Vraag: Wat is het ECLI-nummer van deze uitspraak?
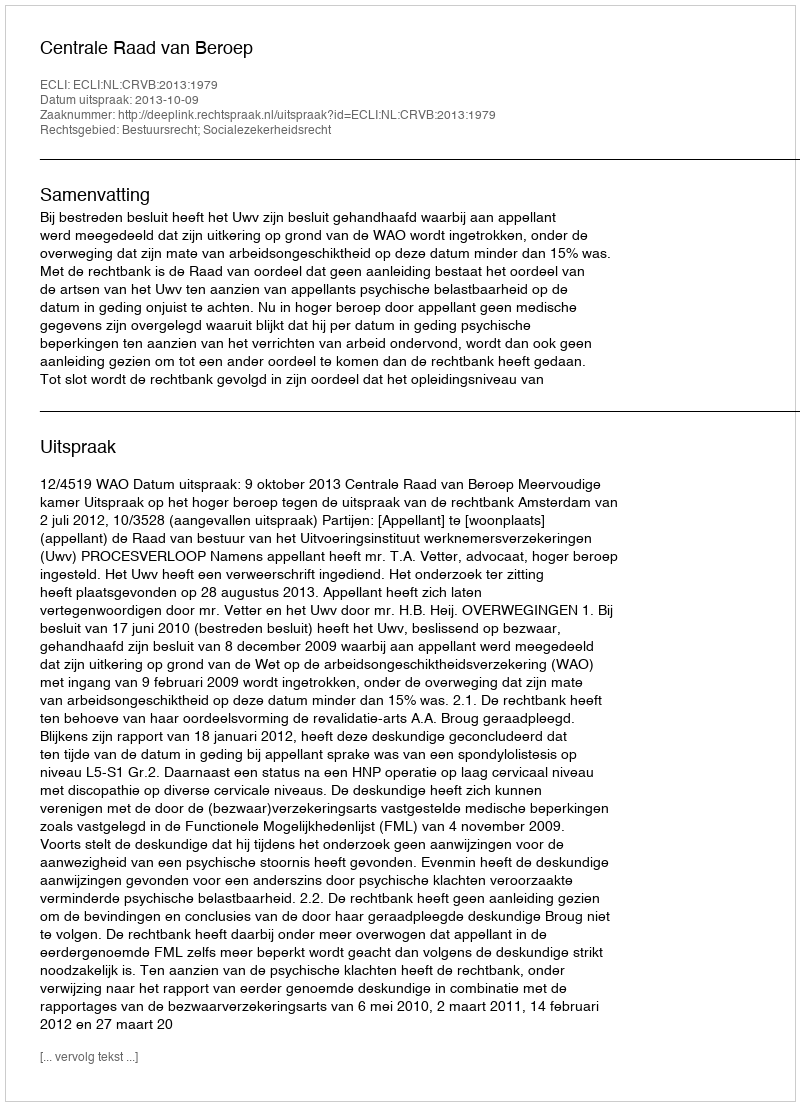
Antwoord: ECLI:NL:CRVB:2013:1979